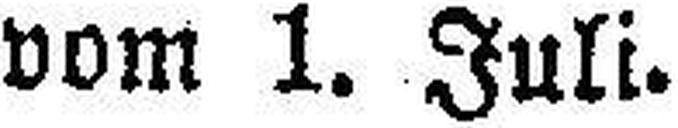
vom 1. Juli.